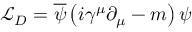
{ \mathcal { L } } _ { D } = { \overline { { \psi } } } \left( i \gamma ^ { \mu } \partial _ { \mu } - m \right) \psi